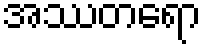
အဿတရော